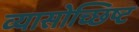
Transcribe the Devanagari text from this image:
व्यासोच्छिष्ट